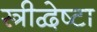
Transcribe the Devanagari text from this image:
स्त्रीद्वेष्टा